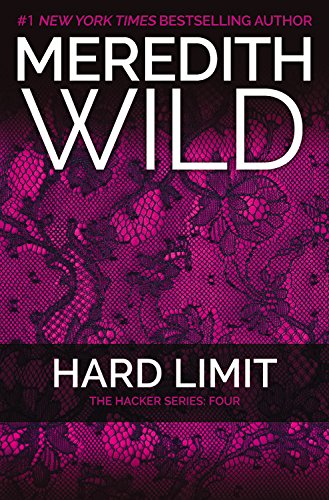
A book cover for Hard Limit: Subtitle: The Hacker Series #4; Meredith Wild; Romance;